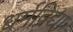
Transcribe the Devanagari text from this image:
धर्मविद्या